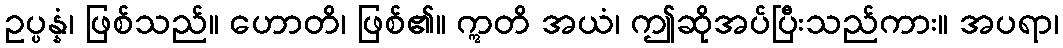
ဥပ္ပန္နံ၊ ဖြစ်သည်။ ဟောတိ၊ ဖြစ်၏။ ဣတိ အယံ၊ ဤဆိုအပ်ပြီးသည်ကား။ အပရာ၊